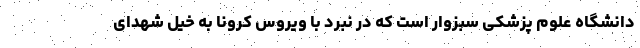
دانشگاه علوم پزشکی سبزوار است که در نبرد با ویروس کرونا به خیل شهدای